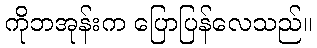
ကိုဘအုန်းက ပြောပြန်လေသည်။